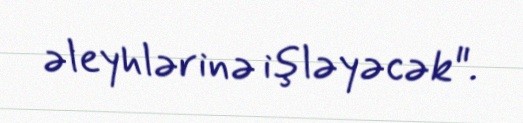
əleyhlərinə işləyəcək".